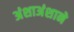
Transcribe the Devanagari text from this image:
अंशाअंशाने